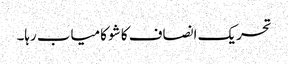
تحریک انصاف کا شو کامیاب رہا۔